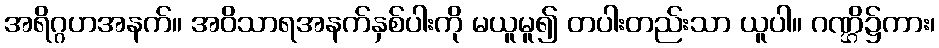
အရိဂ္ဂဟအနက်။ အဝိသာရအနက်နှစ်ပါးကို မယူမူ၍ တပါးတည်းသာ ယူပါ။ ဂဏ္ဌိ၌ကား၊